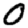
Digit: 0